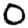
Digit: 0